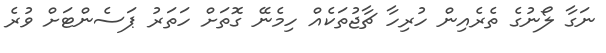
ނަގާ ލޯނުގެ ތެރެއިން ހުރިހާ ޗާޖުތަކެއް ހިމެނޭ ގޮތަށް ހަތަރު ޕަސެންޓަށް ވުރެ